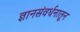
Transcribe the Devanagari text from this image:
ज्ञानसंवर्धनातून